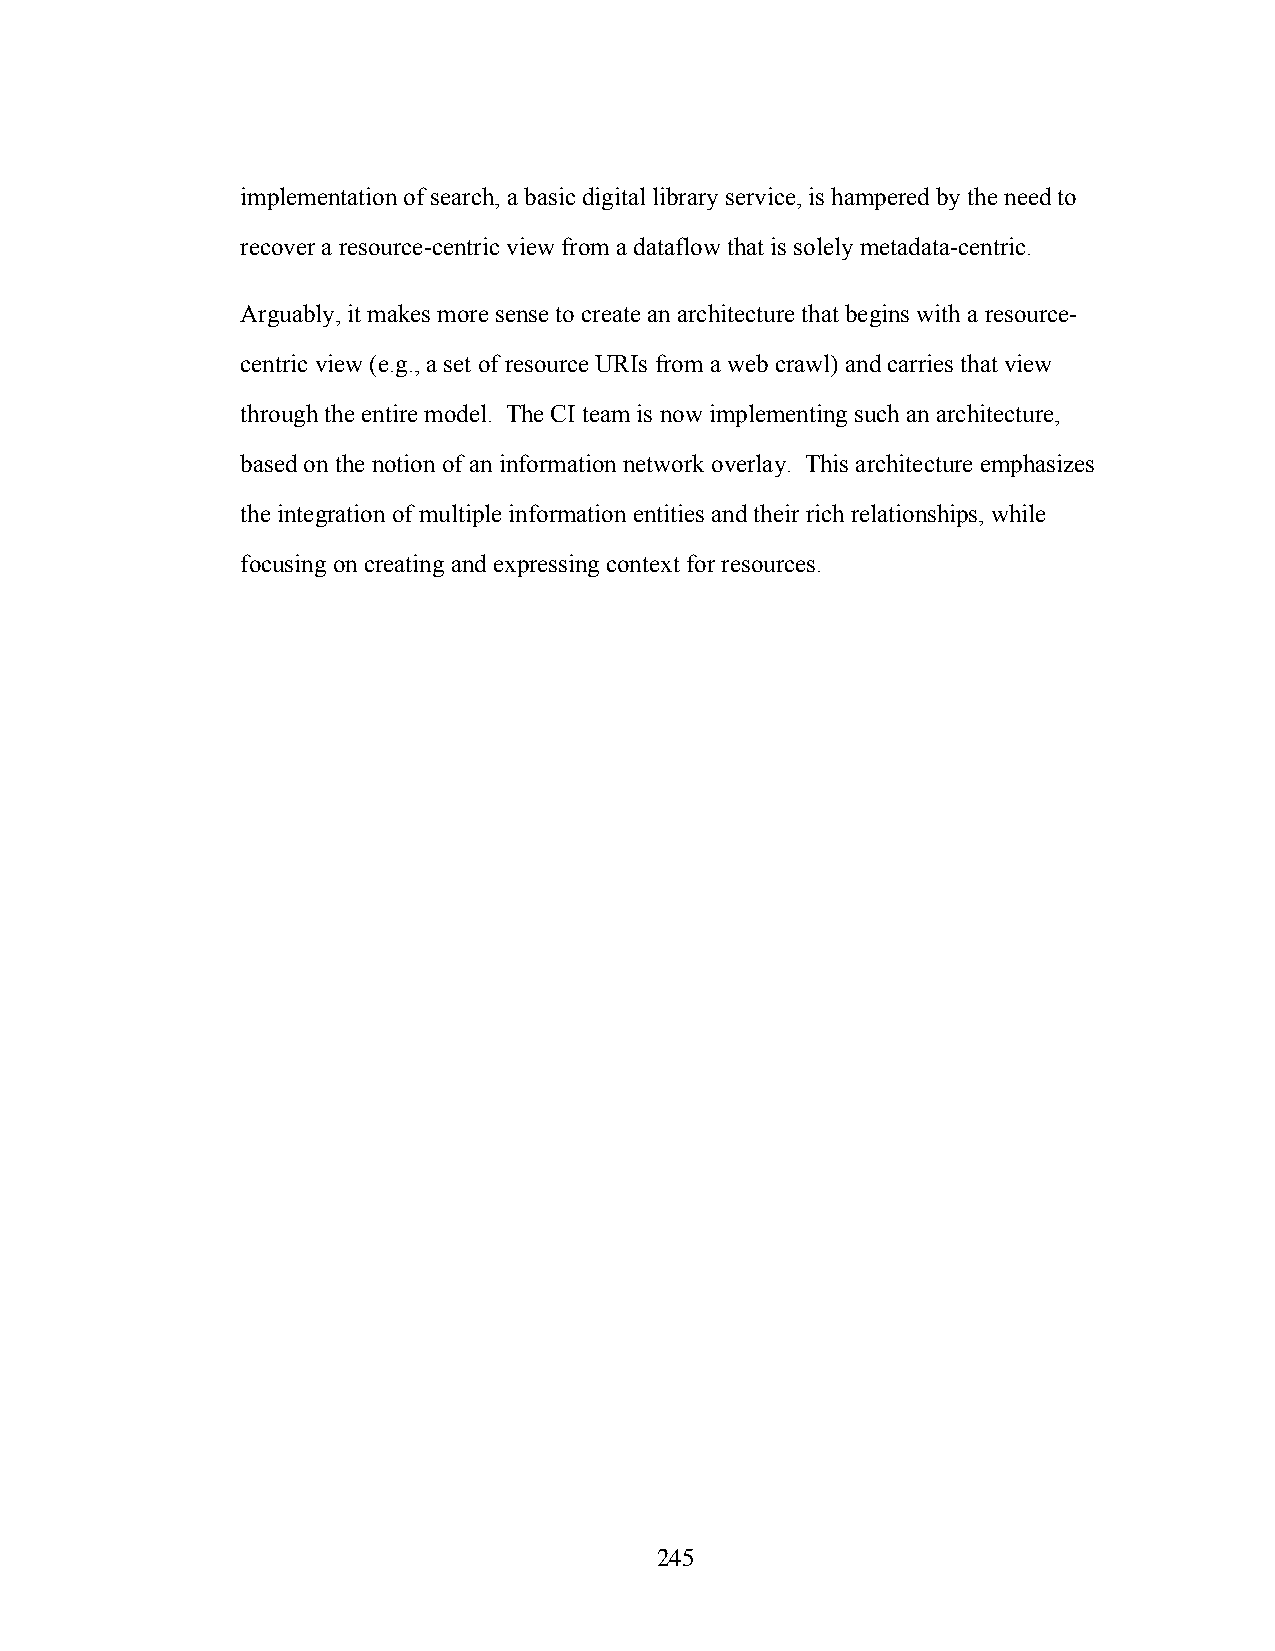
implementation of search, a basic digital library service, is hampered by the need to
 recover a resource-centric view from a dataflow that is solely metadata-centric.
 Arguably, it makes more sense to create an architecture that begins with a resource-
 centric view (e.g., a set of resource URIs from a web crawl) and carries that view
 through the entire model. The CI team is now implementing such an architecture,
 based on the notion of an information network overlay. This architecture emphasizes
 the integration of multiple information entities and their rich relationships, while
 focusing on creating and expressing context for resources.
 245